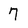
Character: 7